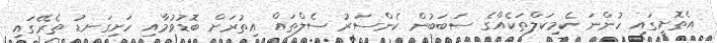
އެތޮށީގައި ހުންނަ ކެމިކަލްތަކެއްގެ ސަބަބުން ކެންސަރު ސެލްތައް އިތުރަށް ބޮޑުވުމާއި ހަށިގަނޑު ތެރޭގައި